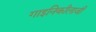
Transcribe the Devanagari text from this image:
गाइनिर्कांलाजी